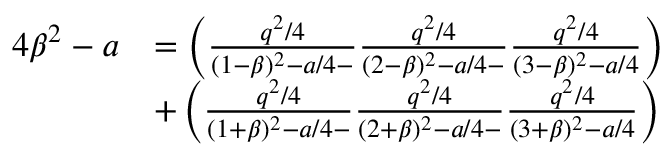
\begin{array} { r l } { 4 \beta ^ { 2 } - a } & { = \left( \frac { q ^ { 2 } / 4 } { ( 1 - \beta ) ^ { 2 } - a / 4 - } \frac { q ^ { 2 } / 4 } { ( 2 - \beta ) ^ { 2 } - a / 4 - } \frac { q ^ { 2 } / 4 } { ( 3 - \beta ) ^ { 2 } - a / 4 } \right) } \\ & { + \left( \frac { q ^ { 2 } / 4 } { ( 1 + \beta ) ^ { 2 } - a / 4 - } \frac { q ^ { 2 } / 4 } { ( 2 + \beta ) ^ { 2 } - a / 4 - } \frac { q ^ { 2 } / 4 } { ( 3 + \beta ) ^ { 2 } - a / 4 } \right) } \end{array}